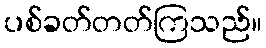
ပစ်ခတ်တတ်ကြသည်။